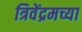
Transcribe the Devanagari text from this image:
त्रिवेंद्रमच्या